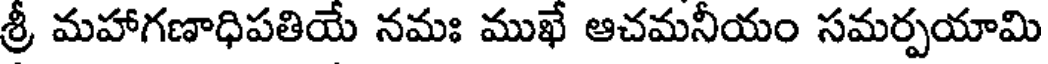
శ్రీ మహాగణాధిపతియే నమః ముఖే ఆచమనీయం సమర్పయామి